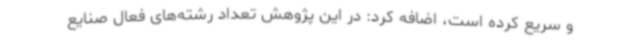
و سریع کرده است، اضافه کرد: در این پژوهش تعداد رشته‌های فعال صنایع